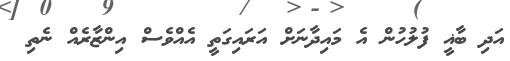
އަދި ބާޣީ ފުލުހުން އެ މައިދާނަށް އަރައިގަތީ އެއްވެސް އިންޒާރެއް ނެތި